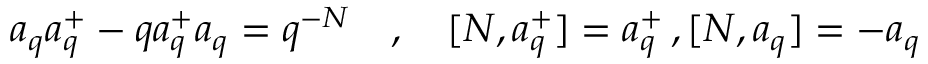
a _ { q } a _ { q } ^ { + } - q a _ { q } ^ { + } a _ { q } = q ^ { - N } \quad , \quad [ N , a _ { q } ^ { + } ] = a _ { q } ^ { + } \, , [ N , a _ { q } ] = - a _ { q }